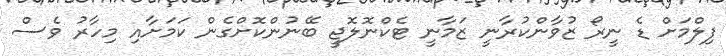
ފިލްމަށް ޑެ ނީރޯ ޒުވާންކުރާނީ ޒަމާނީ ޓެކްނޮލޮޖީ ބޭނުންކޮށްގެން ކަމަށާއި މިހާރު ވެސް